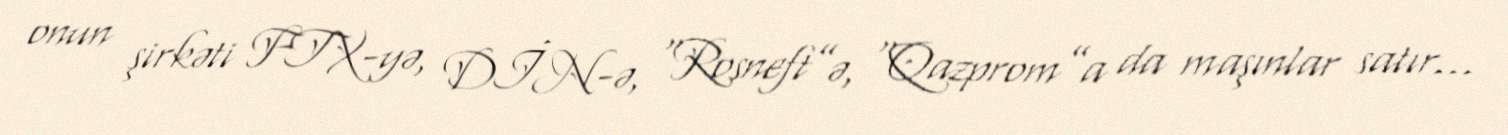
onun şirkəti FTX-yə, DİN-ə, “Rosneft”ə, “Qazprom”a da maşınlar satır...